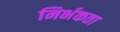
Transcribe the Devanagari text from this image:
निर्भकता